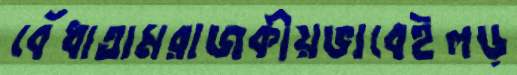
বেঁধাতামরাজকীয়ভাবেইলড়